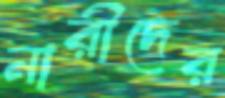
নারীদের